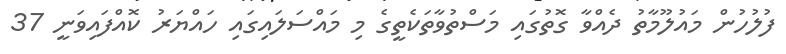
ފުލުހުން މައުލޫމާތު ދެއްވާ ގޮތުގައި މަސްތުވާތަކެތީގެ މި މައްސަލައިގައި ހައްޔަރު ކޮއްފައިވަނީ 37